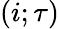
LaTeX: \left(i;\tau\right)